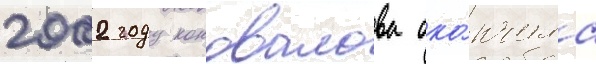
2002 году коновалова око́нчила